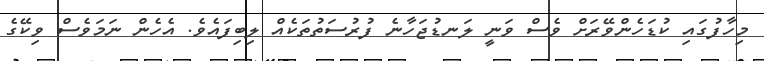
މިހާފުގައި ކުޑަހެންވޭރަށް ވެސް ވަނީ ލަނޑުޖަހާނެ ފުރުސަތުތަކެއް ލިބިފައެވެ. އެހެން ނަމަވެސް ވިކޭގެ